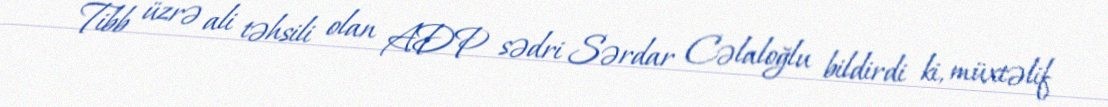
Tibb üzrə ali təhsili olan ADP sədri Sərdar Cəlaloğlu bildirdi ki, müxtəlif